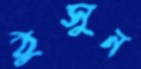
ঠুসুন